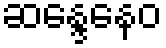
ဆန္ဒေနေဝ